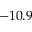
- 1 0 . 9